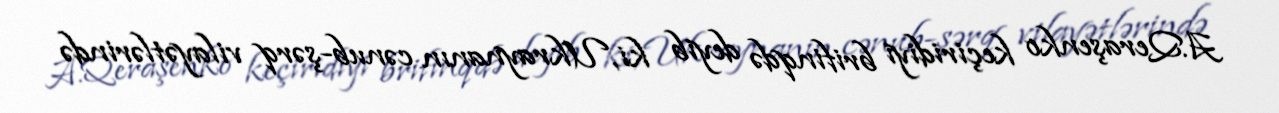
A.Qeraşenko keçiridiyi brifinqdə deyib ki, Ukraynanın cənub-şərq vilayətlərində